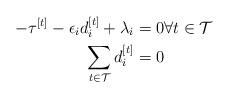
LaTeX: \begin{align*}-\tau^{[t]} - \epsilon_id_i^{[t]} +\lambda_i&= 0 \forall t \in \mathcal{T} \\ \sum_{t \in \mathcal{T}} d_i^{[t]} &= 0 \end{align*}